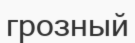
грозный